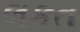
લકત